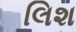
લિશ